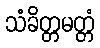
သံခိတ္တမတ္တံ